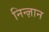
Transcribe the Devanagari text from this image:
निन्ज्ञान